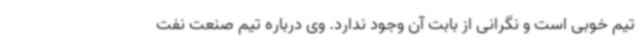
تیم خوبی است و نگرانی از بابت آن وجود ندارد. وی درباره تیم صنعت نفت